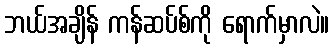
ဘယ်အချိန် ကန်ဆပ်စ်ကို ရောက်မှာလဲ။